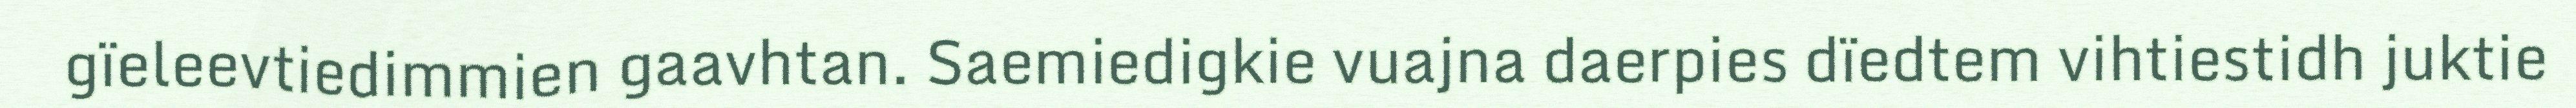
gïeleevtiedimmien gaavhtan. Saemiedigkie vuajna daerpies dïedtem vihtiestidh juktie